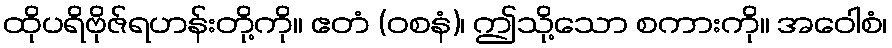
ထိုပရိဗိုဇ်ရဟန်းတို့ကို။ ဧတံ (ဝစနံ)၊ ဤသို့သော စကားကို။ အဝေါစံ၊